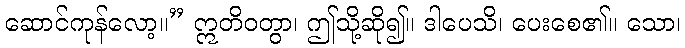
ဆောင်ကုန်လော့။” ဣတိဝတွာ၊ ဤသို့ဆို၍။ ဒါပေသိ၊ ပေးစေ၏။ သော၊